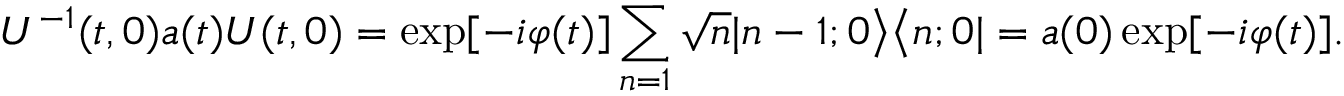
U ^ { - 1 } ( t , 0 ) a ( t ) U ( t , 0 ) = \exp [ - i \varphi ( t ) ] \sum _ { n = 1 } \sqrt { n } | n - 1 ; 0 \bigr > \bigl < n ; 0 | = a ( 0 ) \exp [ - i \varphi ( t ) ] .